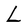
Character: l